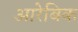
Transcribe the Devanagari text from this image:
आरेबिक